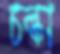
চল্‌কা